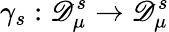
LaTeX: \gamma_{s}:\mathscr{D}_{\mu}^{s}\to\mathscr{D}_{\mu}^{s}